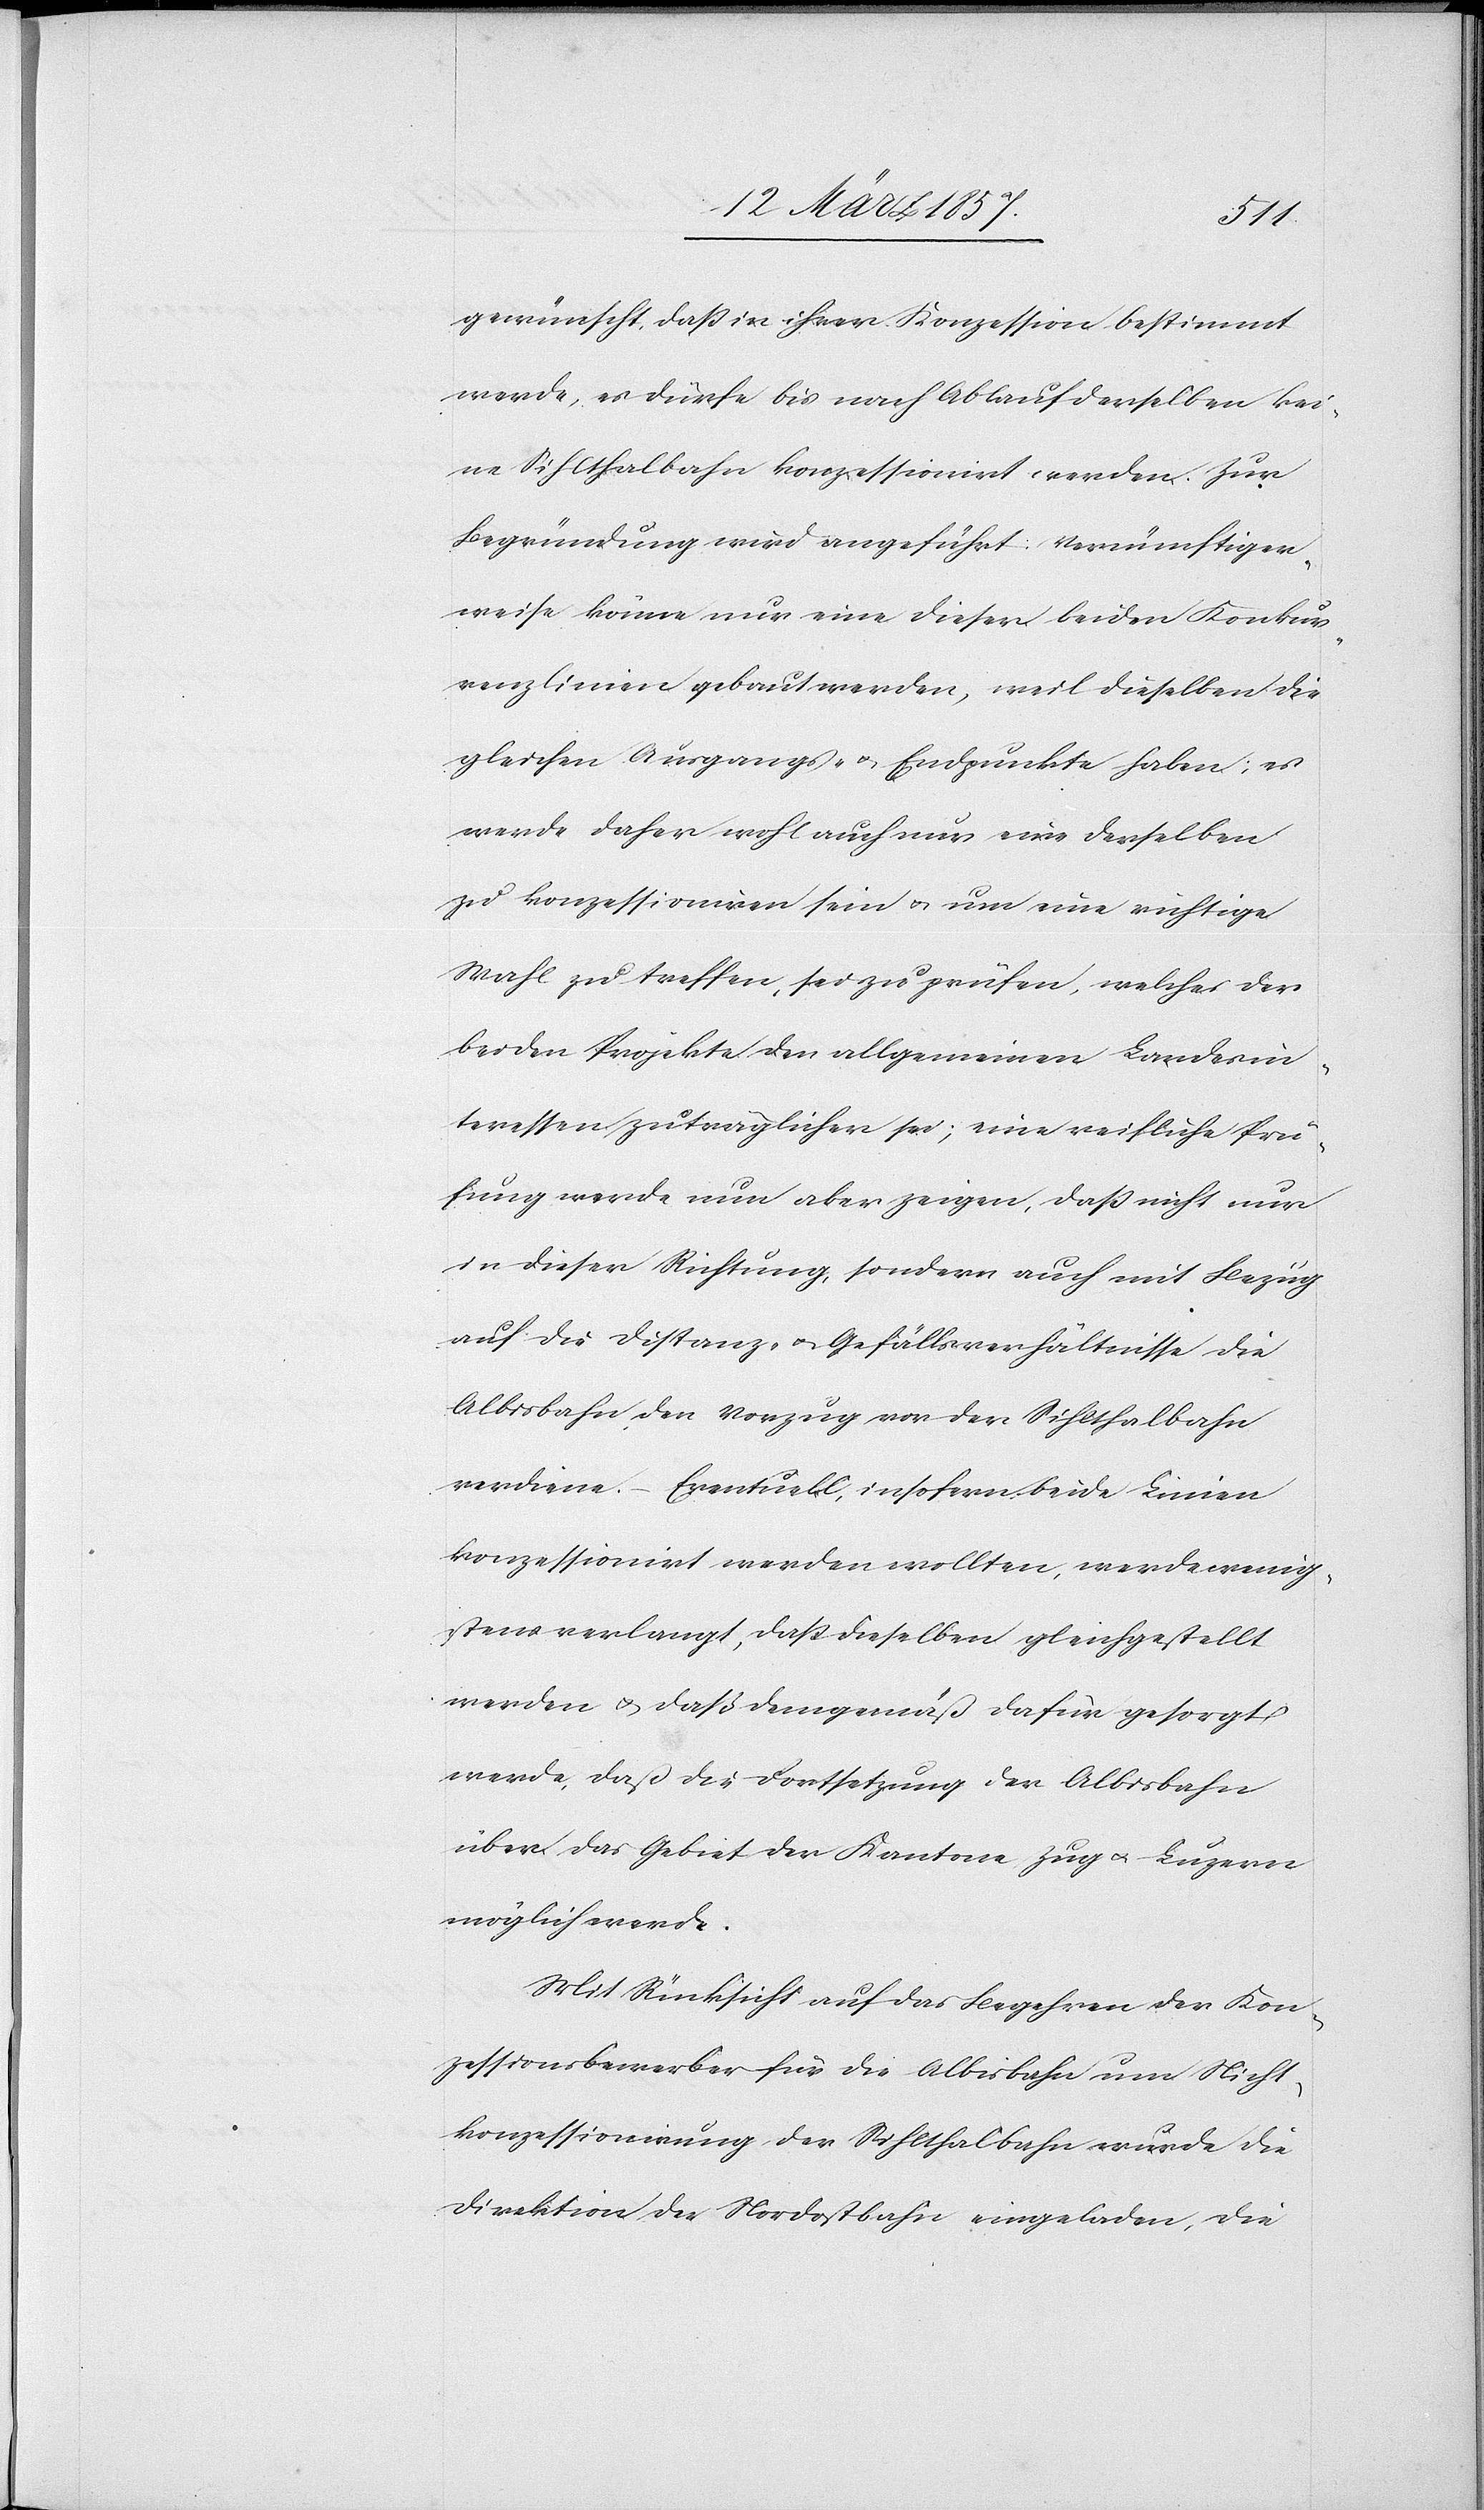
gewünscht, daß in ihrer Konzession bestimmt
werde, es dürfe bis nach Ablauf derselben kei¬
ne Sihlthalbahn konzessionirt werden. Zur
Begründung wird angeführt: Vernünftiger¬
weise könne nur eine dieser beiden Konkur¬
renzlinien gebaut werden, weil dieselben die
gleichen Ausgangs- u. Endpunkte haben; es
werde daher wohl auch nur eine derselben
zu konzessioniren sein u. um eine richtige
Wahl zu treffen, sei zu prüfen, welches der
beiden Projekte den allgemeinen Landesin¬
teressen zuträglicher sei; eine reifliche Prü¬
fung werde nun aber zeigen, daß nicht nur
in dieser Richtung, sondern auch mit Bezug
auf die Distanz- u. Gefällsverhältnisse die
Albisbahn den Vorzug vor der Sihlthalbahn
verdiene. ( Eventuell, insofern beide Linien
konzessionirt werden wollten, werde wenig¬
stens verlangt, daß dieselben gleichgestellt
werden u. daß demgemäß dafür gesorgt
werde, daß die Fortsetzung der Albisbahn
über das Gebiet der Kantone Zug u. Luzern
möglich werde.
Mit Rücksicht auf das Begehren der Kon¬
zessionsbewerber für die Albisbahn um Nicht¬
konzessionirung der Sihlthalbahn wurde die
Direktion der Nordostbahn eingeladen, die